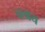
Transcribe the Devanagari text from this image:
चलाय